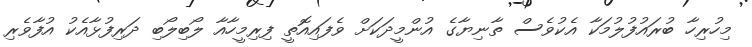
މިހުރިހާ ބުރައުފުލުމަކާ އެކުވެސް ތާނިޔާގެ އުންމީދަކަށް ވެފައިއޮތީ ފިރިމީހާއާ ލޯބިލޯބި ދަރިފުޅާއެކު އުފާވެރި